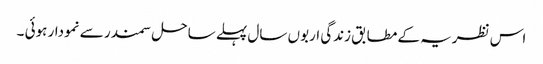
اس نظریہ کے مطابق زندگی اربوں سال پہلے ساحل سمندر سے نمودار ہوئی ۔